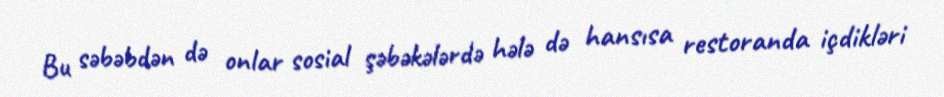
Bu səbəbdən də onlar sosial şəbəkələrdə hələ də hansısa restoranda içdikləri